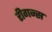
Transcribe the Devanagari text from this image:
रीगन्स